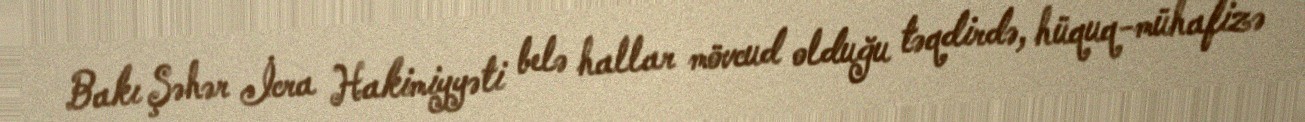
Bakı Şəhər İcra Hakimiyyəti belə hallar mövcud olduğu təqdirdə, hüquq-mühafizə